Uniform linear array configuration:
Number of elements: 4
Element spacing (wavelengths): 1
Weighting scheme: hann
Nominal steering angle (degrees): -45
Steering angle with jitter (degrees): -46.093
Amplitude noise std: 0.05
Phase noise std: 0.05

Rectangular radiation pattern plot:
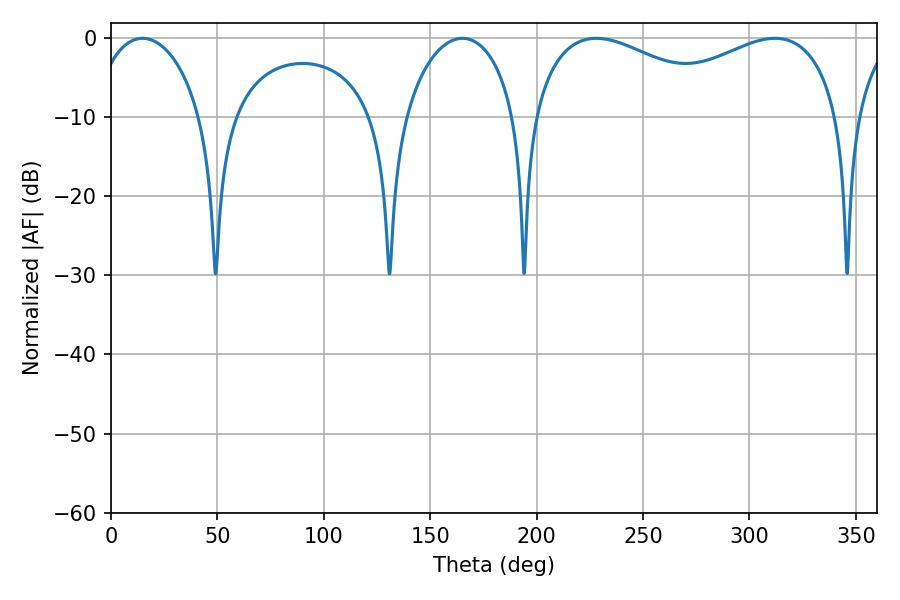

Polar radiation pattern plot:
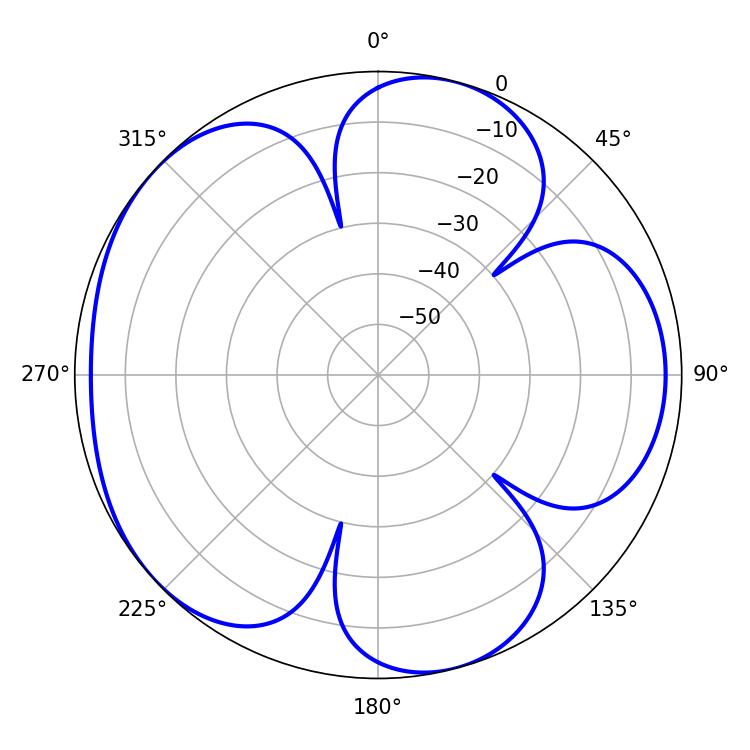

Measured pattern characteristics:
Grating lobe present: TRUE
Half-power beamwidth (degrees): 53.82
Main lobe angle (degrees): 228.06